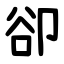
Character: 卻